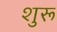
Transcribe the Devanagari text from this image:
शुरू